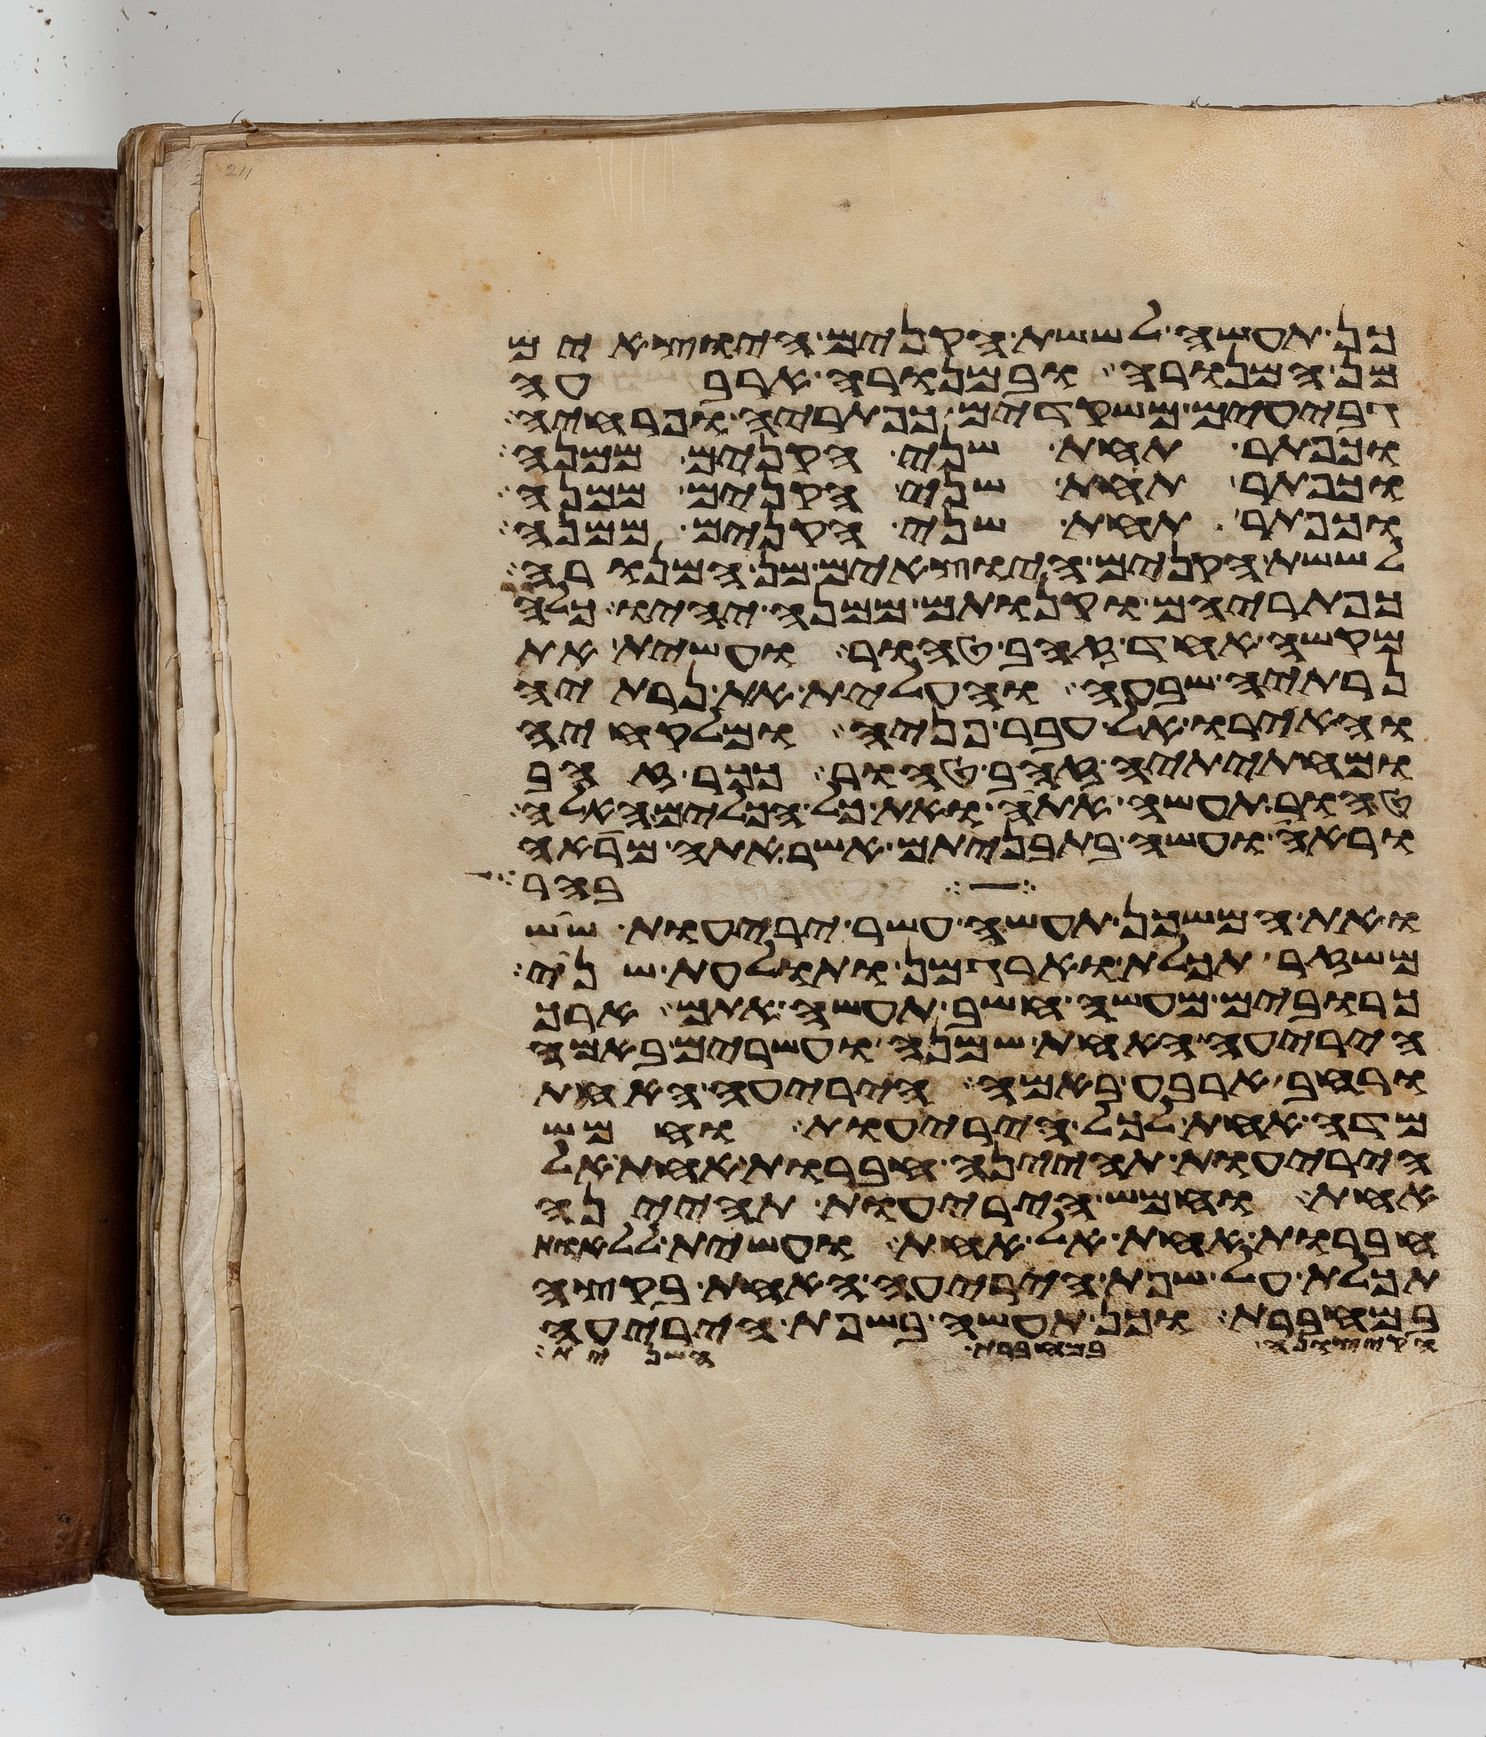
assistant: הקצונה במחברת השנית